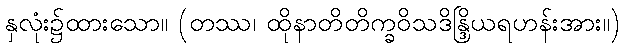
နှလုံး၌ထားသော။ (တဿ၊ ထိုနာတိတိက္ခဝိသဒိန္ဒြိယရဟန်းအား။)